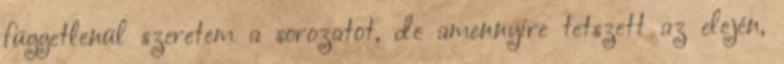
függetlenül szeretem a sorozatot, de amennyire tetszett az elején,